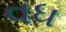
વધ